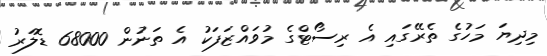
މިދިޔަ މަހުގެ ތެރޭގައި އެ ރިސޯޓްގެ މުވައްޒަފަކު އެ ތަނުން 68000 ޑޮލަރު